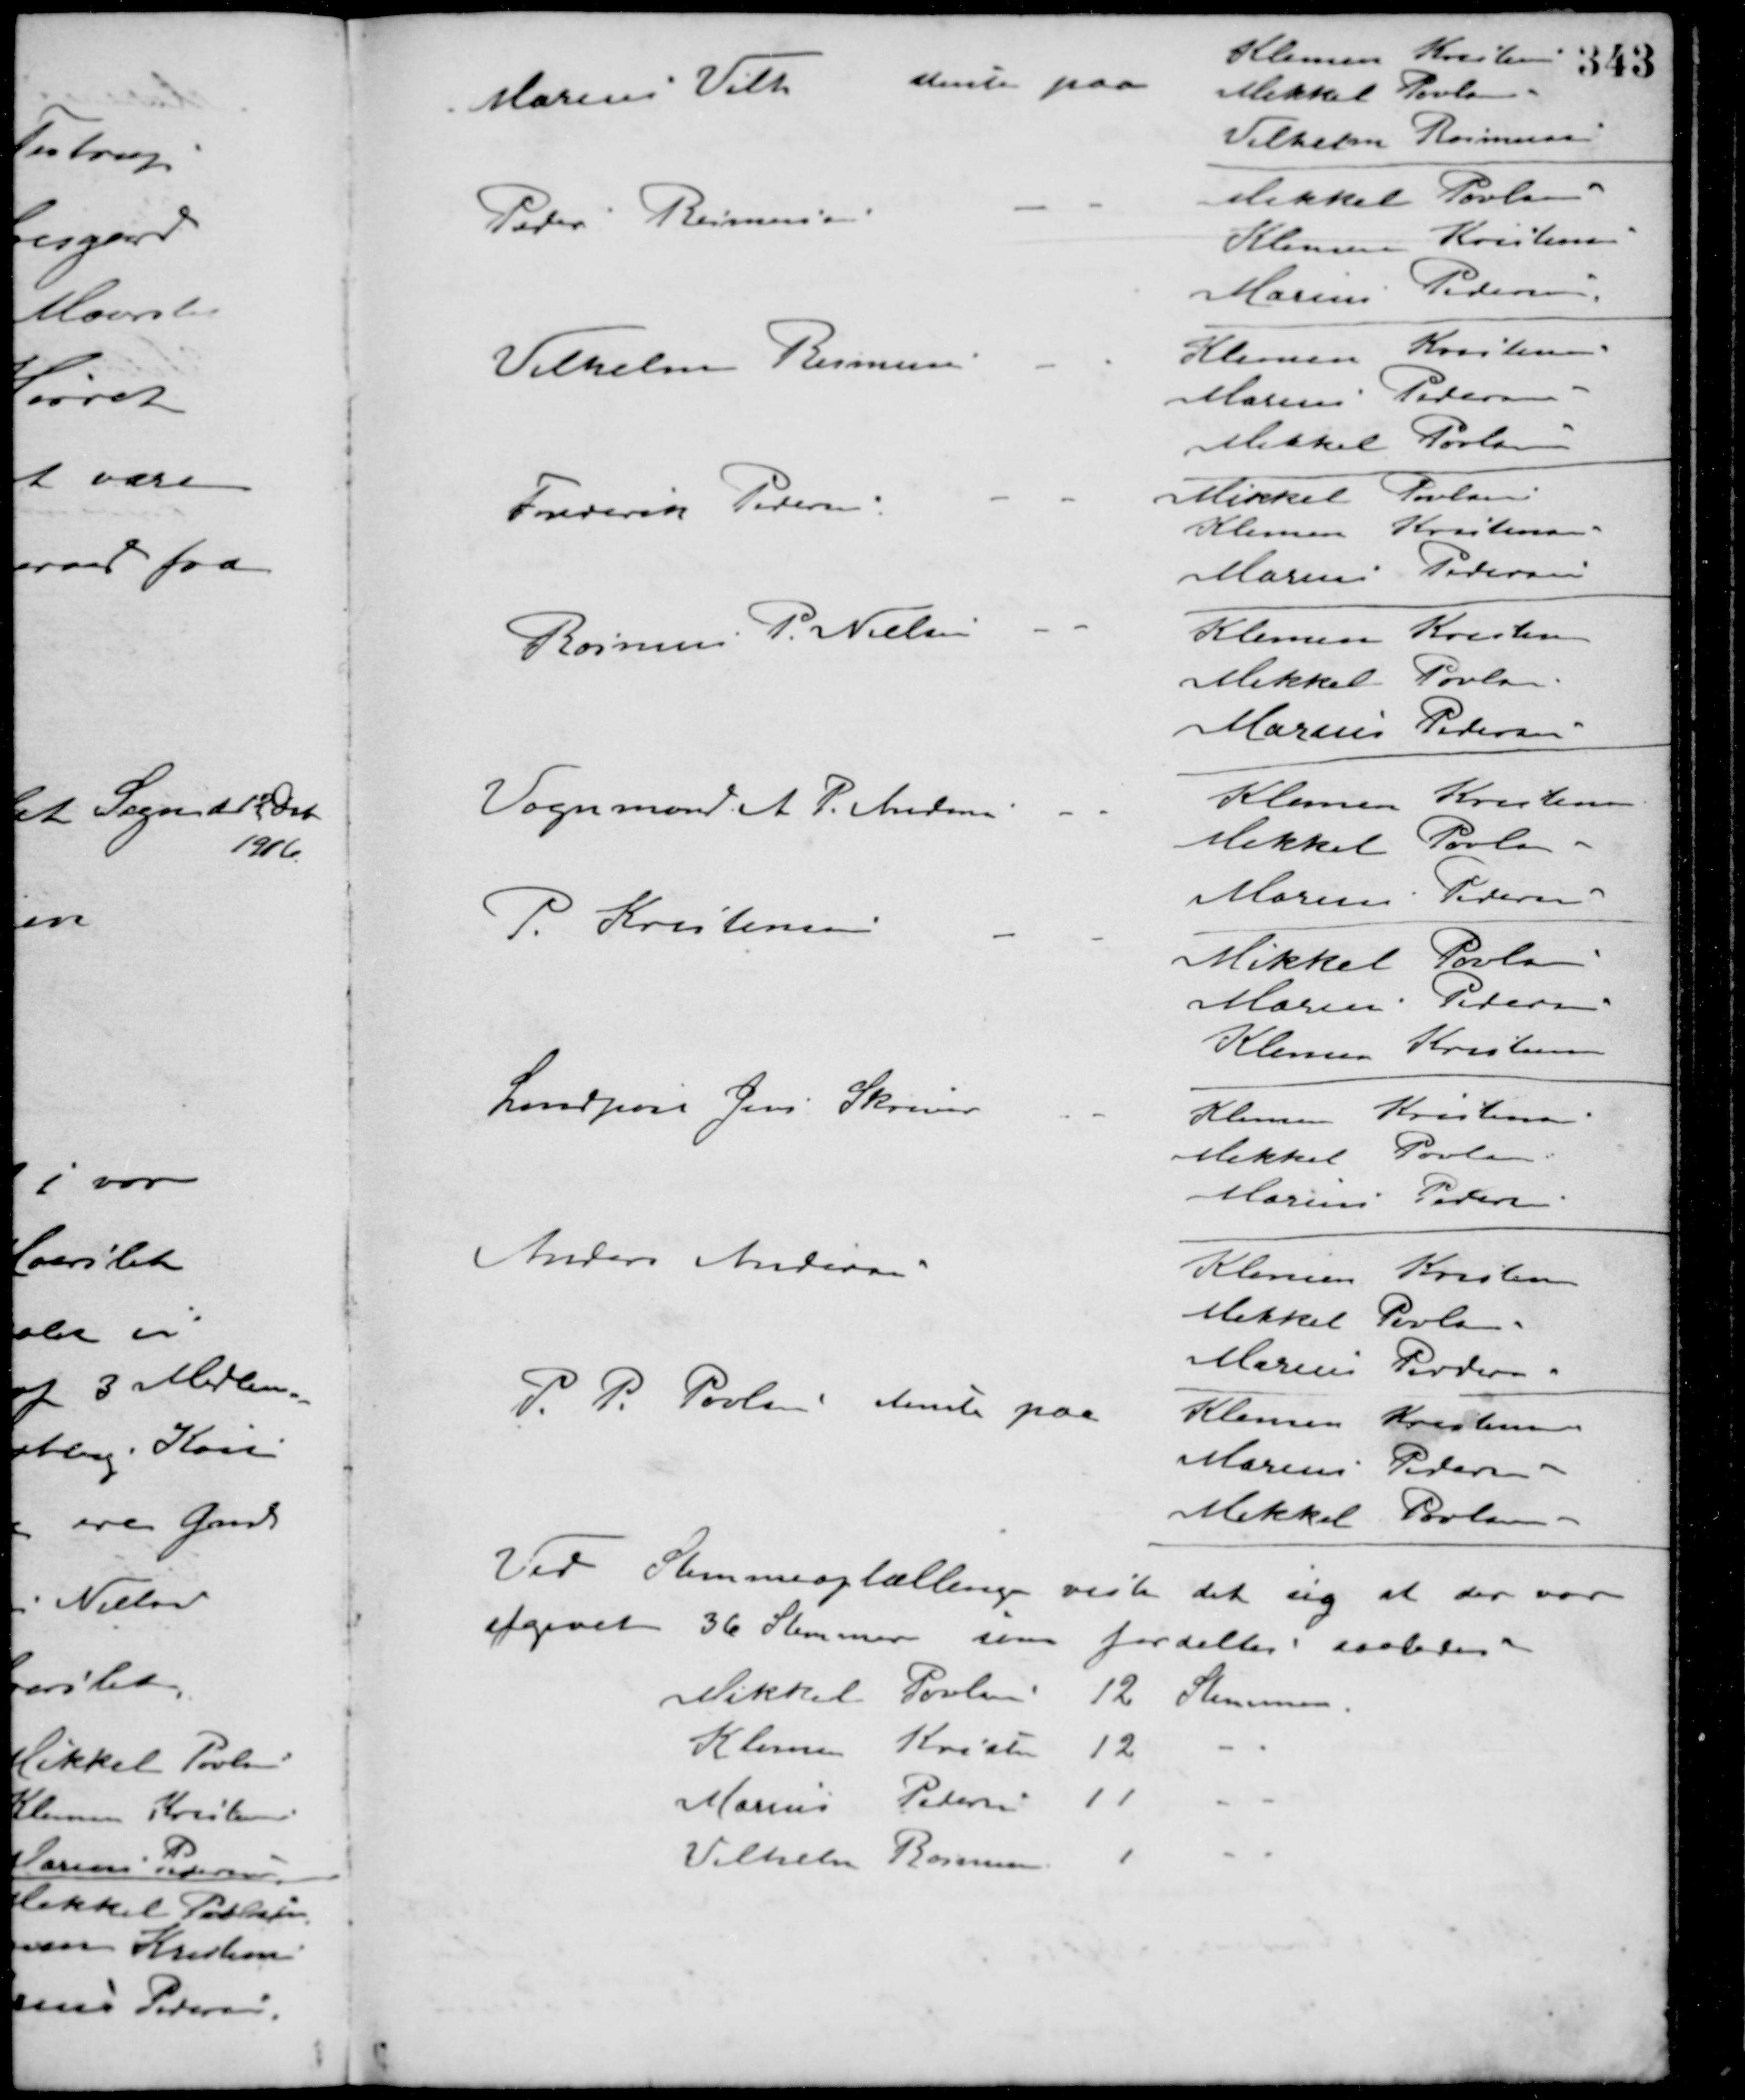
Transskription:
Marius Vith stemte paa
Klemen Kristensen
Mikkel Povlsen
Vilhelm Rasmussen
Peder Rasmussen - -
Mikkel Povlsen
Klemen Kristensen
Marius Pedersen
Vilhelm Rasmussen - -
Klemen Kristensen
Marius Pedersen
Mikkel Povlsen
Frederik Pedersen - -
Mikkel Povlsen
Klemen Kristensen
Marius Pedersen
Rasmus P. Nielsen - -
Klemen Kristensen
Mikkel Povlsen
Marius Pedersen
Vognmand A. P. Andersen - -
Klemen Kristensen
Mikkel Povlsen
Marius Pedersen
P. Kristensen - -
Mikkel Povlsen
Marius Pedersen
Klemen Kristensen
Landpost Jens Skriver - -
Klemen Kristensen
Mikkel Povlsen
Marius Pedersen
Anders Andersen
Klemen Kristensen
Mikkel Povlsen
Marius Povlsen
P. P. Poulsen stemte paa
Klemen Kristensen
Marius Pedersen
Mikkel Povlsen

Ved Stemmeoptællingen viste det sig at der var
afgivet 36 Stemmer som fordeltes saaledes
Mikkel Povlsen 12 Stemmer
Klemen Kristensen 12 - -
Marius Pedersen 11 - -
Vilhelm Rasmussen 1 - -